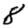
Digit: 8